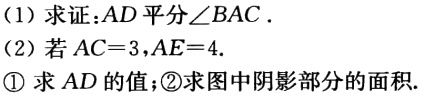
(1) 求证：\(AD\)平分\(\angle BAC\).

(2) 若\(AC = 3\)，\(AE = 4\).

\textcircled{1} 求\(AD\)的值；\textcircled{2}求图中阴影部分的面积.